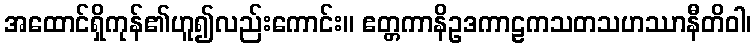
အထောင်ရှိကုန်၏ဟူ၍လည်းကောင်း။ ဧတ္တကာနိဥဒကာဠကသတသဟဿာနီတိဝါ၊